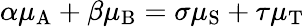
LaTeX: \alpha\mu_{\mathrm{A}}+\beta\mu_{\mathrm{B}}=\sigma\mu_{\mathrm{S}}+\tau\mu_{\mathrm{T}}